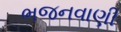
ભજનવાણી